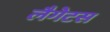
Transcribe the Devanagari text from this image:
लैगेटस